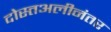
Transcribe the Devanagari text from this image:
दोस्तअलीनंतर